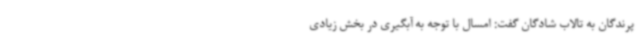
پرندگان به تالاب شادگان گفت: امسال با توجه به آبگیری در بخش زیادی